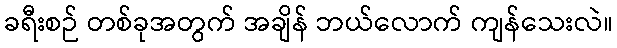
ခရီးစဉ် တစ်ခုအတွက် အချိန် ဘယ်လောက် ကျန်သေးလဲ။